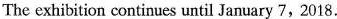
The exhibition continues until January 7,2018.